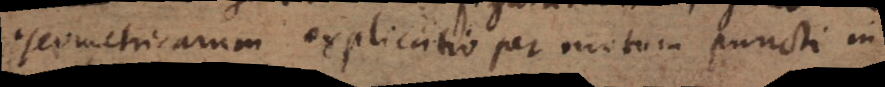
geometricarum explicatio per motum puncti in